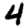
Digit: 4